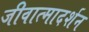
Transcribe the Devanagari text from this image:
जीवात्मादर्शन